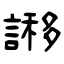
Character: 謻